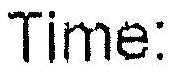
TIME: